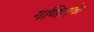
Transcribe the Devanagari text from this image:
गणितके